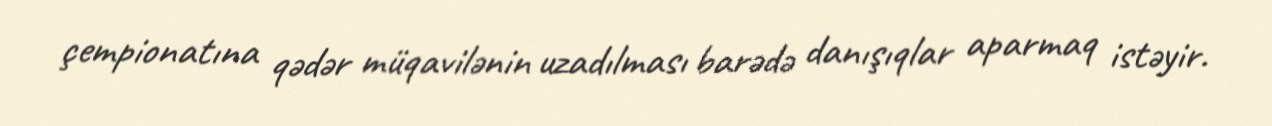
çempionatına qədər müqavilənin uzadılması barədə danışıqlar aparmaq istəyir.